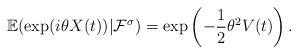
LaTeX: \begin{align*}\mathbb{E}(\exp(i \theta X(t))|\mathcal{F}^{\sigma})=\exp\left(-\frac{1}{2}\theta^2V(t)\right).\end{align*}